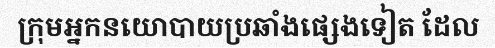
ក្រុមអ្នកនយោបាយប្រឆាំងផ្សេងទៀត ដែល